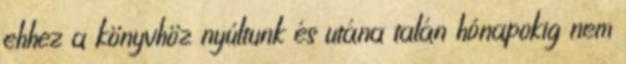
ehhez a könyvhöz nyúltunk és utána talán hónapokig nem